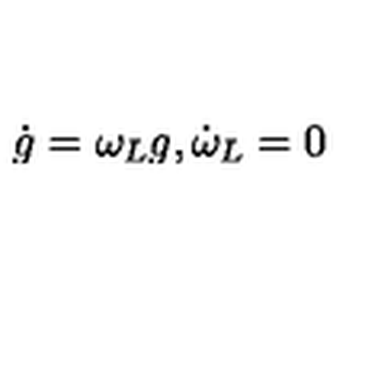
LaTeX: \dot { g } = \omega _ { L } g , \dot { \omega } _ { L } = 0